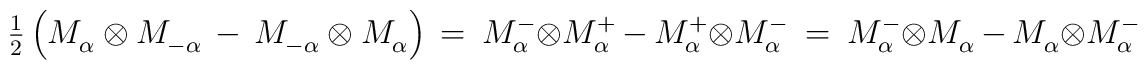
{\textstyle \frac{1}{2}} \left( M_\alpha^{} \otimes M_{-\alpha}^{} \, - \,        M_{-\alpha}^{}\otimes M_\alpha^{} \right) \, =~M_\alpha^- \otimes M_\alpha^+ \, - \, M_\alpha^+ \otimes M_\alpha^-~ =~M_\alpha^- \otimes M_\alpha^{} \, - \, M_\alpha^{} \otimes M_\alpha^-